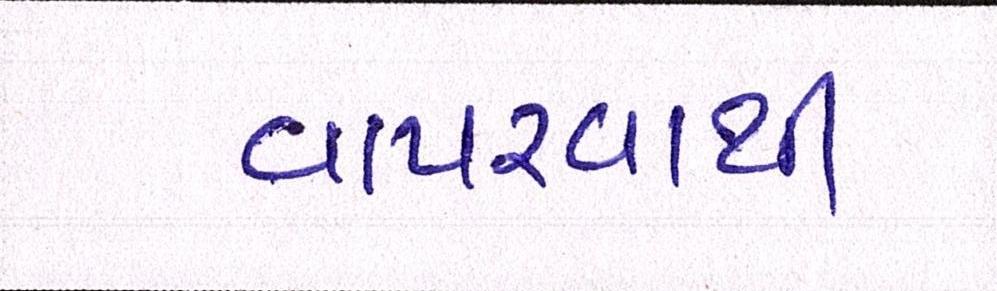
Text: વાપરવાથી